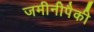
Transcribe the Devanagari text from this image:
जमीनीपैकी